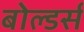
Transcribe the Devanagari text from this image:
बोल्डर्स